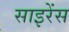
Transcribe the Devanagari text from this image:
साइरेंस